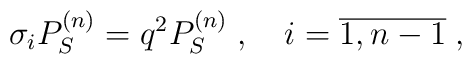
\sigma_i P_S^{(n)}=q^2 P_S^{(n)} \;, \quad i=\overline{1,n-1} \;,